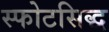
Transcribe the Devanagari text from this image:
स्फोटसिद्ध